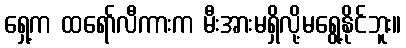
ရှေ့က ထရော်လီကားက မီးအားမရှိလို့မရွေ့နိုင်ဘူး။